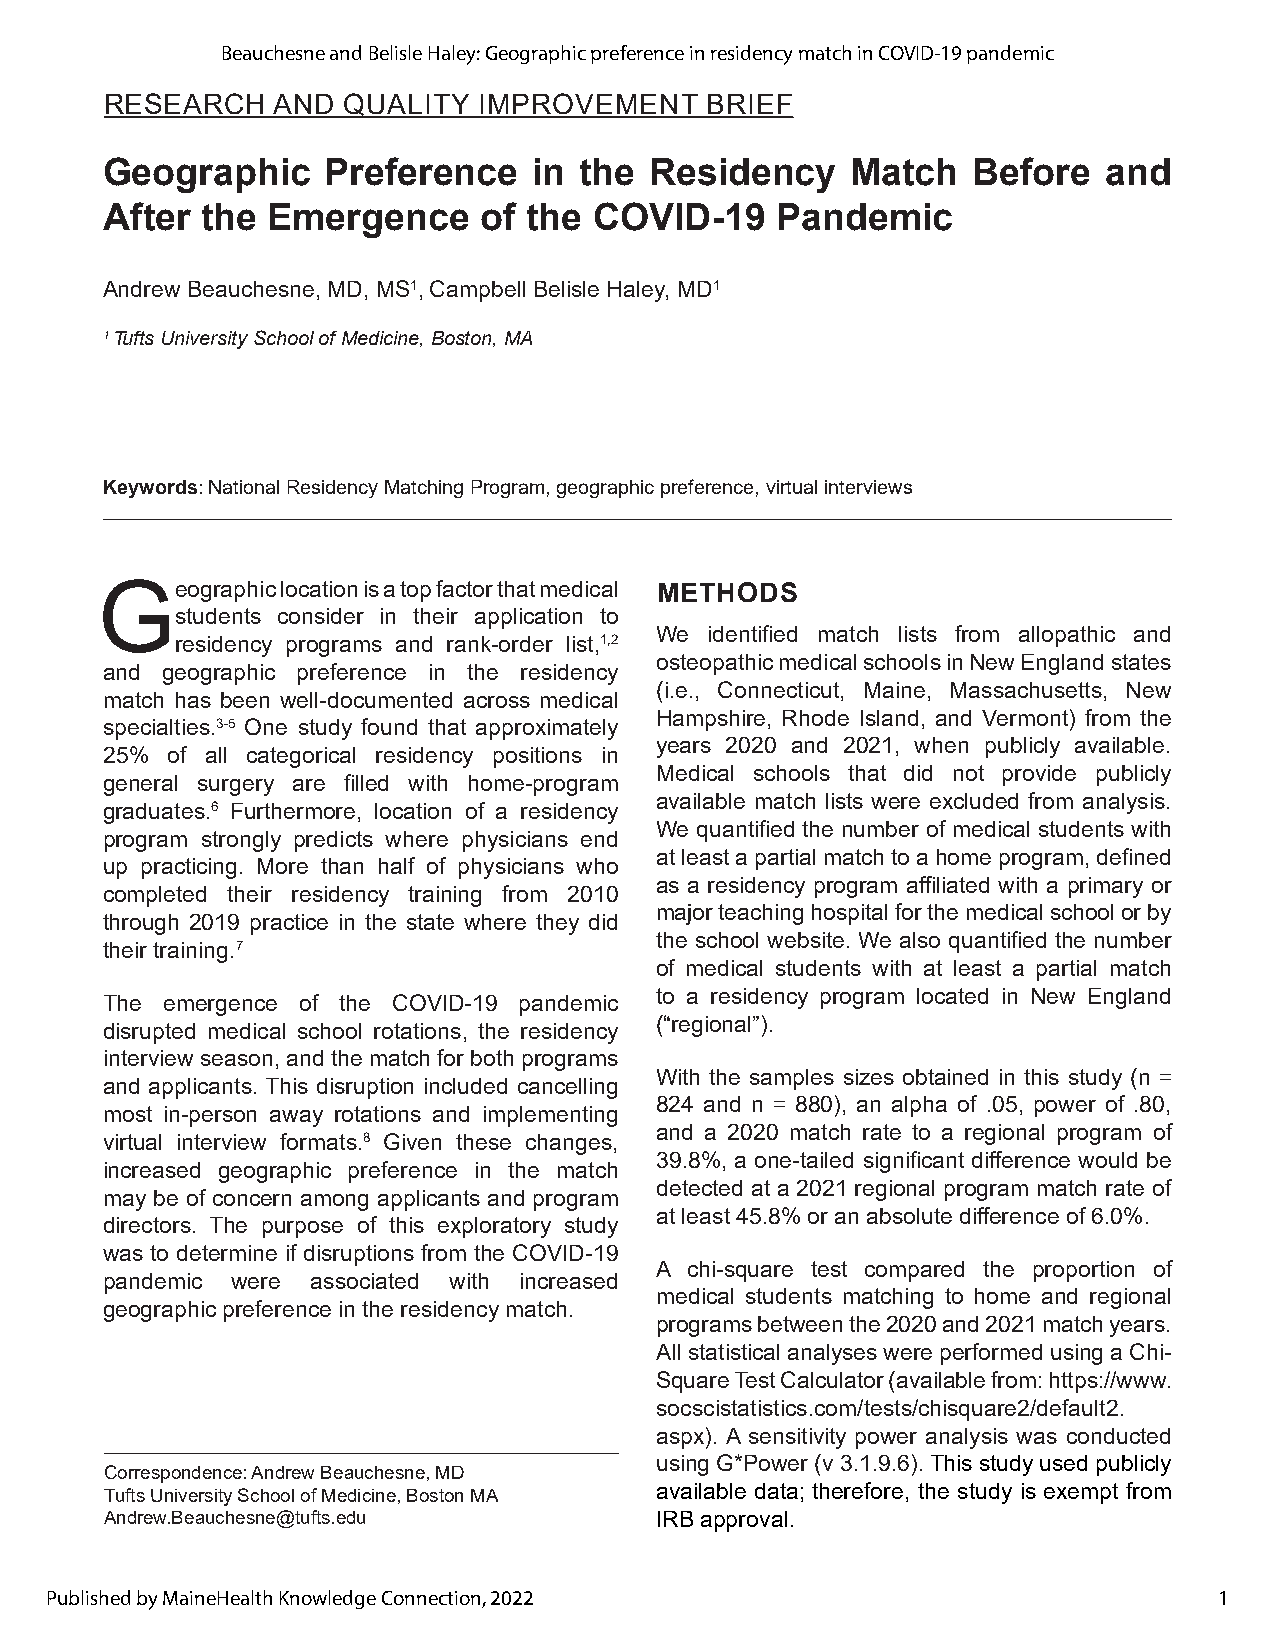
Beauchesne and Belisle Haley: Geographic preference in residency match in COVID-19 pandemic
 RESEARCH   AND  QUALITY  IMPROVEMENT    BRIEF
 Geographic     Preference   in the  Residency    Match   Before   and
 After the  Emergence     of the COVID-19    Pandemic
 Andrew Beauchesne, MD, MS1, Campbell Belisle Haley, MD1
 1 Tufts University School of Medicine, Boston, MA
 Keywords: National Residency Matching Program, geographic preference, virtual interviews
 Geographic   location is a top factor that medical METHODS
 students consider in their application to
 We  identified match lists from allopathic and
 residency programs and rank-order list,1,2
 osteopathic medical schools in New England states
 and geographic preference in the residency
 (i.e., Connecticut, Maine, Massachusetts, New
 match has been well-documented across medical
 Hampshire, Rhode Island, and Vermont) from the
 specialties.3-5 One study found that approximately
 years 2020 and 2021, when publicly available.
 25% of all categorical residency positions in
 Medical schools that did not provide publicly
 general surgery are filled with home-program
 available match lists were excluded from analysis.
 graduates.6 Furthermore, location of a residency
 We quantified the number of medical students with
 program strongly predicts where physicians end
 at least a partial match to a home program, defined
 up practicing. More than half of physicians who
 as a residency program affiliated with a primary or
 completed their residency training from 2010
 major teaching hospital for the medical school or by
 through 2019 practice in the state where they did
 the school website. We also quantified the number
 their training.7
 of medical students with at least a partial match
 to a residency program located in New England
 The emergence of the COVID-19 pandemic
 (“regional”).
 disrupted medical school rotations, the residency
 interview season, and the match for both programs
 With the samples sizes obtained in this study (n =
 and applicants. This disruption included cancelling
 824 and n = 880), an alpha of .05, power of .80,
 most in-person away rotations and implementing
 and a 2020 match rate to a regional program of
 virtual interview formats.8 Given these changes,
 39.8%, a one-tailed significant difference would be
 increased geographic preference in the match
 detected at a 2021 regional program match rate of
 may be of concern among applicants and program
 at least 45.8% or an absolute difference of 6.0%.
 directors. The purpose of this exploratory study
 was to determine if disruptions from the COVID-19
 A chi-square test compared the proportion of
 pandemic were associated with increased
 medical students matching to home and regional
 geographic preference in the residency match.
 programs between the 2020 and 2021 match years.
 All statistical analyses were performed using a Chi-
 Square Test Calculator (available from: https://www.
 socscistatistics.com/tests/chisquare2/default2.
 aspx). A sensitivity power analysis was conducted
 using G*Power (v 3.1.9.6). This study used publicly
 Correspondence: Andrew Beauchesne, MD
 Tufts University School of Medicine, Boston MA available data; therefore, the study is exempt from
 Andrew.Beauchesne@tufts.edu         IRB approval.
 Published by MaineHealth Knowledge Connection, 2022                           1